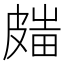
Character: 𥀋